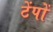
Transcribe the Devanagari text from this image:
टेंपों